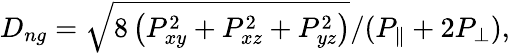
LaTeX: D_{ng}=\sqrt{8\left(P_{xy}^{2}+P_{xz}^{2}+P_{yz}^{2}\right)}/(P_{\parallel}+2P_{\perp}),